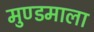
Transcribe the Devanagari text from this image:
मुण्डमाला